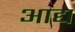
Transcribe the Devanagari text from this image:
अाद्य